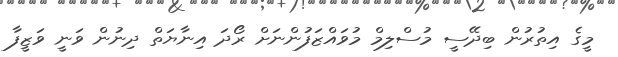
މީގެ އިތުރުން ބިދޭސީ މުސްލިމް މުވައްޒަފުންނަށް ރޯދަ އިނާޔަތް ދިނުން ވަނީ ވަޒީފާ